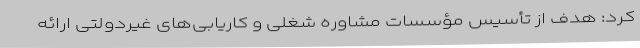
کرد: هدف از تأسیس مؤسسات مشاوره شغلی و کاریابی‌های غیردولتی ارائه